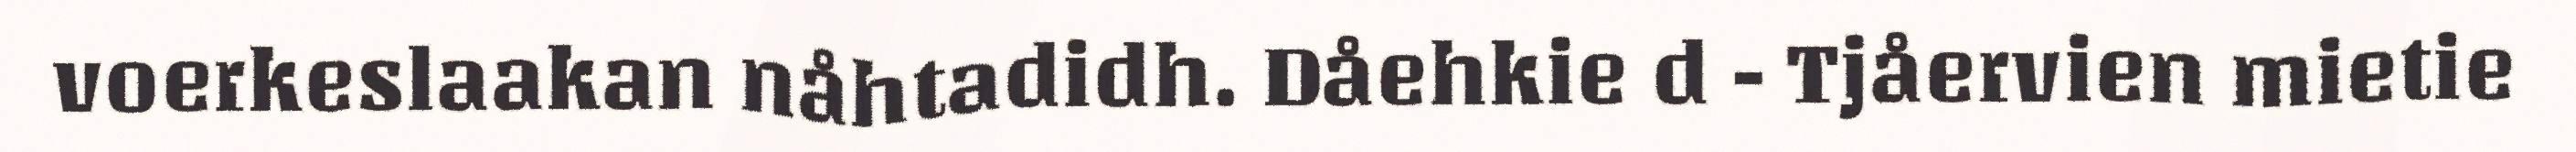
voerkeslaakan nåhtadidh. Dåehkie d - Tjåervien mietie